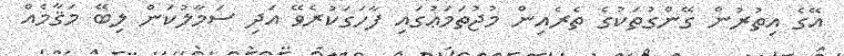
އޭގެ އިތުރުން ގޭންގުތަކުގެ ތެރެއިން މުޖުތަމަޢުގައި ފާހަގަކުރެވޭ އަދި ސަމާލުކަން ލިބޭ މަޤާމެއް